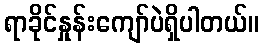
ရာခိုင်နှုန်းကျော်ပဲရှိပါတယ်။